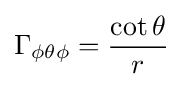
\Gamma _{\phi \theta \phi }={\frac {\cot \theta }{r}}